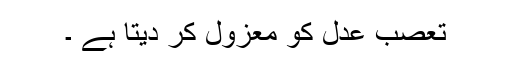
تعصب عدل کو معزول کر دیتا ہے ۔